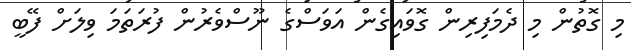
މި ގޮތުން މި ދެމަފިރިން ގޮވައިގެން އަވަސްގެ ނޫސްވެރުން ފުރަތަމަ ވިލަށް ފޭބީ